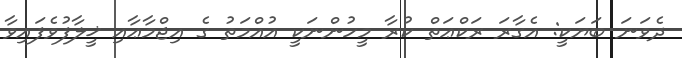
ދެވަނަ ބަޔަކީ: އެގާރަ ރަކްޢަތް ކުރާ މީހުންނަކީ އުއްމަތު ގެ އިޖްމާޢާއި ޚީލާފުވެފައިވާ